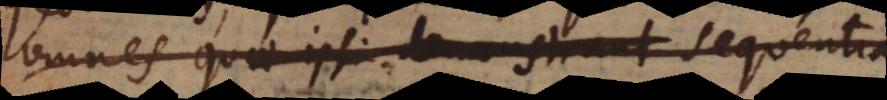
omnes quae ipsi demonstrant sequent